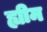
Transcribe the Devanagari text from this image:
ह्यीम